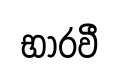
භාරවී